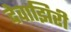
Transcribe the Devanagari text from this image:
देवाझिरी